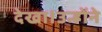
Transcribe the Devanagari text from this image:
देखा।उन्होंने